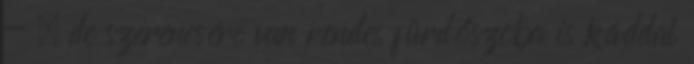
- , de szerencsére van rendes fürdőszoba is káddal